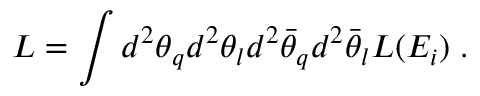
L = \int d ^ { 2 } \theta _ { q } d ^ { 2 } \theta _ { l } d ^ { 2 } \bar { \theta } _ { q } d ^ { 2 } \bar { \theta } _ { l } L ( E _ { i } ) \; .